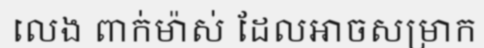
លេង ពាក់ម៉ាស់ ដែលអាចសម្រាក